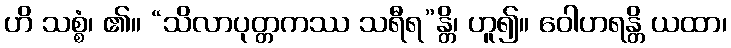
ဟိ သစ္စံ၊ ၏။ “သိလာပုတ္တကဿ သရီရ”န္တိ၊ ဟူ၍။ ဝေါဟရန္တိ ယထာ၊